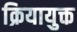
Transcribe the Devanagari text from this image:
क्रियायुक्त